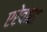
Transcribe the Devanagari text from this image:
एरेवाश